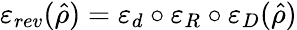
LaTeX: \varepsilon_{rev}(\hat{\rho})=\varepsilon_{d}\circ\varepsilon_{R}\circ\varepsilon_{D}(\hat{\rho})